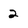
Character: 2